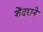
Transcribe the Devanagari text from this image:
शेंदराने